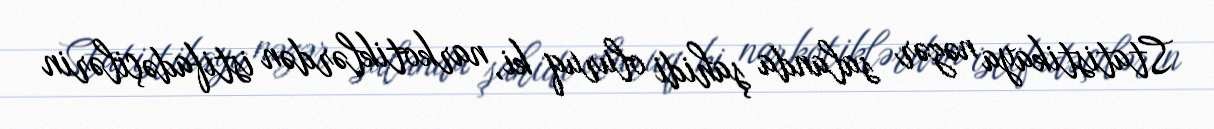
Statistikaya nəzər salanda şahidi oluruq ki, narkotiklərdən istifadəçilərin